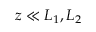
z \ll L _ { 1 } , L _ { 2 }